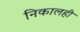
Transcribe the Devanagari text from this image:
निकालही